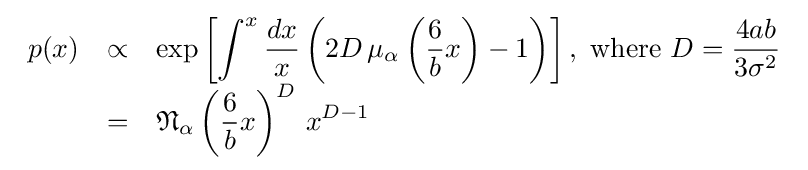
{\begin{array}{lcl}p(x)&\propto &\displaystyle \exp \left[\int ^{x}{\frac {dx}{x}}\left(2D\,\mu _{\alpha }\left({\frac {6}{b}}x\right)-1\right)\right],{\text{ where }}D={\frac {4ab}{3\sigma ^{2}}}\\&=&\displaystyle {\mathfrak {N}}_{\alpha }\left({\frac {6}{b}}x\right)^{D}\,x^{D-1}\end{array}}